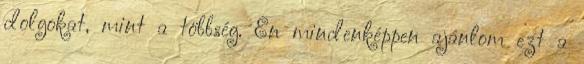
dolgokat, mint a többség. Én mindenképpen ajánlom ezt a